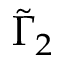
\tilde { \Gamma } _ { 2 }